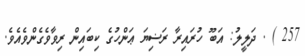
257 ) . ދަލީލު: އަބޫ ހުރައިރާ ރަޟިޔަ ޢަންހުގެ ކިބައިން ރިވާވެގެންވެއެވެ.